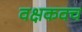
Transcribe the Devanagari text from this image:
वक्षकवच